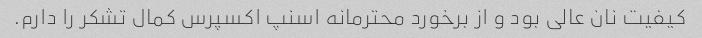
کیفیت نان عالی بود و از برخورد محترمانه اسنپ اکسپرس کمال تشکر را دارم.